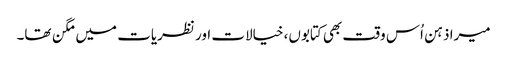
میرا ذہن اُس وقت بھی کتابوں، خیالات اور نظریات میں مگن تھا۔